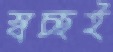
স্বচ্ছই